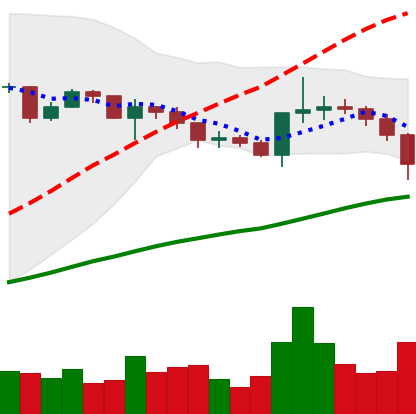
Ticker: XRP-USD
Chart end date: 2020-12-22
Forward return: -36.885%
Label: down_7plus